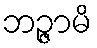
ဘဉ္ဇာမိ